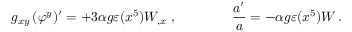
g _ { x y } \, ( \varphi ^ { y } ) ^ { \prime } = + 3 \alpha g \varepsilon ( x ^ { 5 } ) W _ { , x } \ , \qquad \qquad { \frac { a ^ { \prime } } { a } } = - \alpha g \varepsilon ( x ^ { 5 } ) W \, .